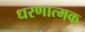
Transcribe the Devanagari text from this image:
धरणात्मक